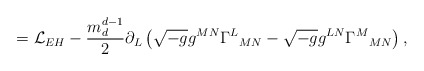
\begin{align*}=\mathcal{L}_{EH}-\frac{m_d^{d-1}}{2}\partial_L\left(\sqrt{-g}g^{MN}\Gamma^L{}_{MN}-\sqrt{-g}g^{LN}\Gamma^M{}_{MN}\right),\end{align*}